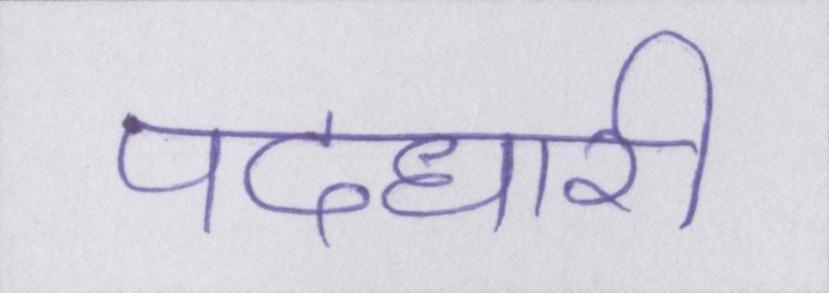
पदधारी